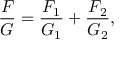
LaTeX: { \frac { F } { G } } = { \frac { F _ { 1 } } { G _ { 1 } } } + { \frac { F _ { 2 } } { G _ { 2 } } } ,